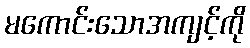
မကောင်းသောအကျင့်ကို